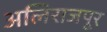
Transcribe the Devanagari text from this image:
अलिराजपूर